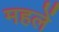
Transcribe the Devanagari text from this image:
महलें